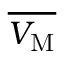
\overline { { V _ { \mathrm M } } }